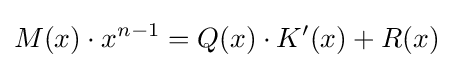
M(x)\cdot x^{n-1}=Q(x)\cdot K'(x)+R(x)